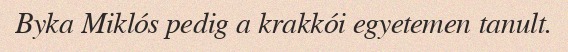
Byka Miklós pedig a krakkói egyetemen tanult.